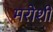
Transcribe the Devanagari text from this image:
मरोशी